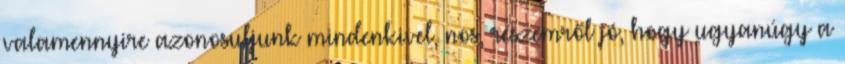
valamennyire azonosuljunk mindenkivel, nos, részemről jó, hogy ugyanúgy a